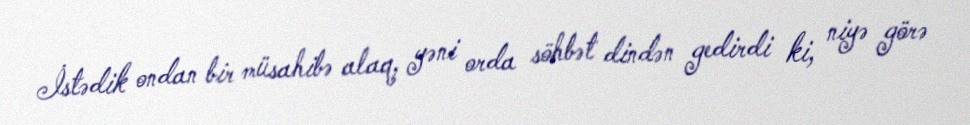
İstədik ondan bir müsahibə alaq, yəni orda söhbət dindən gedirdi ki, niyə görə